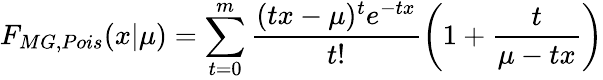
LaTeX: F_{MG,Pois}(x|\mu)=\sum_{t=0}^{m}\frac{(tx-\mu)^{t}e^{-tx}}{t!}\left(1+\frac{t}{\mu-tx}\right)